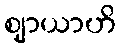
ဈာယာဟိ